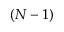
( N - 1 )